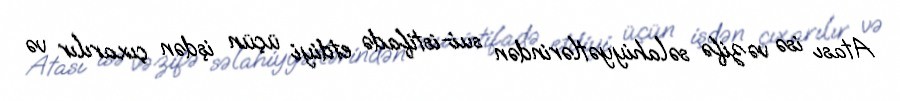
Atası isə vəzifə səlahiyyətlərindən sui-istifadə etdiyi üçün işdən çıxarılır və